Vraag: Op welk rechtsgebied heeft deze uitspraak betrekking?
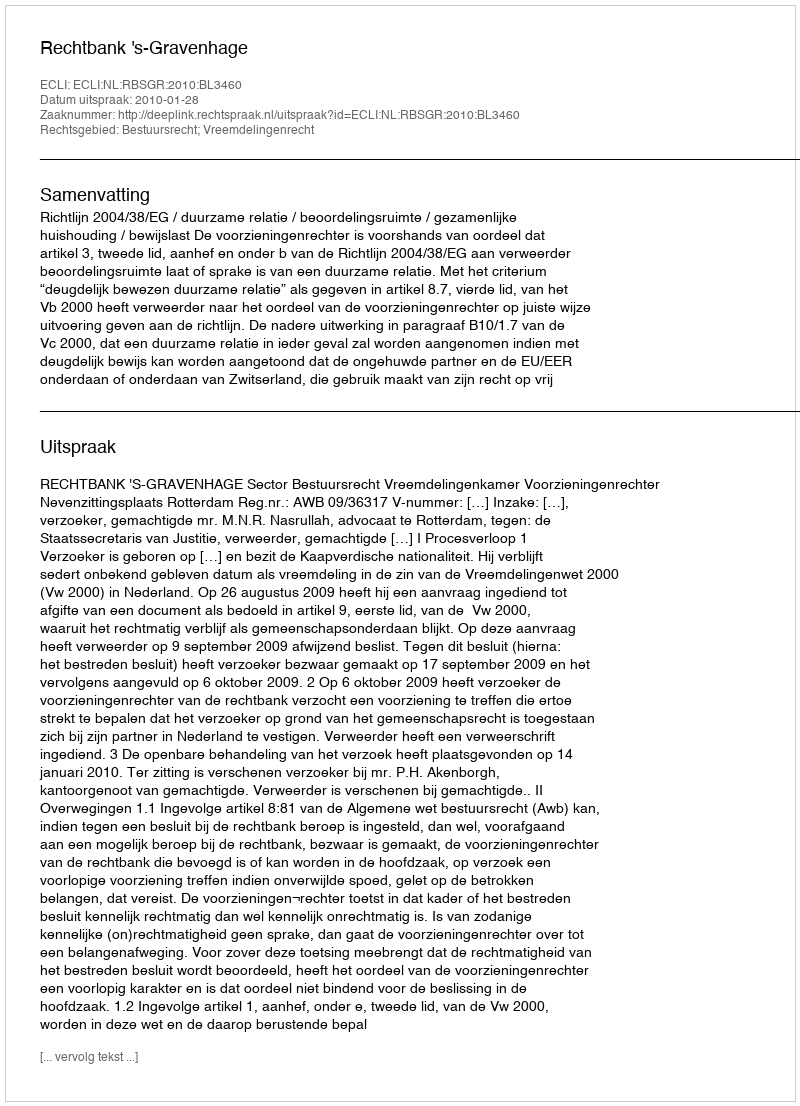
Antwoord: Bestuursrecht; Vreemdelingenrecht